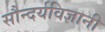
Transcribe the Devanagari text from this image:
सौन्दर्यविज्ञानी